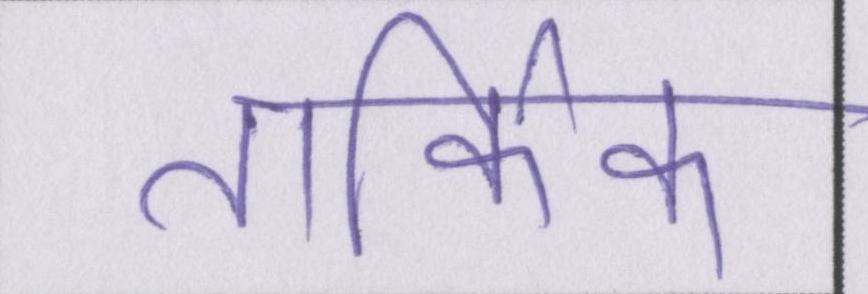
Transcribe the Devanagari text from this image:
तार्किक